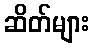
ဆိတ်များ